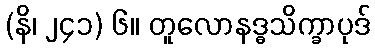
(နိ၊ ၂၄၁) ၆။ တူလောနဒ္ဓသိက္ခာပုဒ်